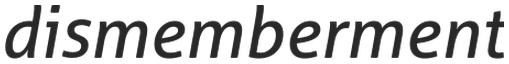
dismemberment